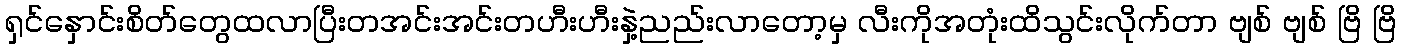
ရှင်နှောင်းစိတ်တွေထလာပြီးတအင်းအင်းတဟီးဟီးနှဲ့ညည်းလာတော့မှ လီးကိုအတုံးထိသွင်းလိုက်တာ ဗျစ် ဗျစ် ဗြိ ဗြိ